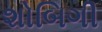
શોબિગી